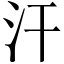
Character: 汗